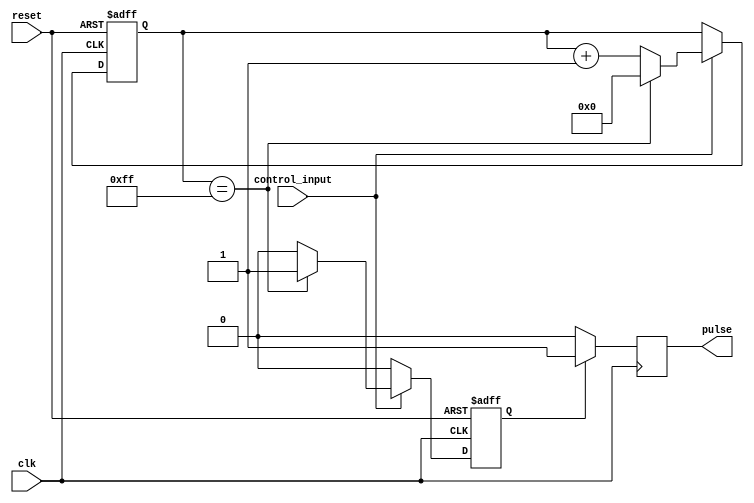
module Variable_Pulse_Width_Generator(
  input wire clk,
  input wire reset,
  input wire control_input,
  output reg pulse
);

reg [7:0] width_counter;
reg generate_pulse;

always @(posedge clk or posedge reset) begin
  if(reset) begin
    width_counter <= 8'b00000000;
    generate_pulse <= 1'b0;
  end else begin
    if(control_input) begin
      width_counter <= width_counter + 1;
      if(width_counter == 8'b11111111) begin
        generate_pulse <= 1'b1;
        width_counter <= 8'b00000000;
      end else begin
        generate_pulse <= 1'b0;
      end
    end else begin
      generate_pulse <= 1'b0;
    end
  end
end

always @(posedge clk) begin
  if(generate_pulse) begin
    pulse <= 1'b1;
  end else begin
    pulse <= 1'b0;
  end
end

endmodule